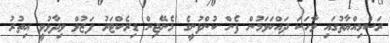
ރަސްމިއްޔާތުގައި ވާހަކަ ދައްކަވަމުން ފެން ކުންފުނީގެ މެނޭޖިން ޑިރެކްޓަރު ފަޒުލް ވިދާޅުވީ އިތުރު